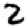
Digit: 2